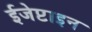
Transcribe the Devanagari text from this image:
ईजेप्टाइन